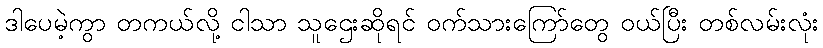
ဒါပေမဲ့ကွာ တကယ်လို့ ငါသာ သူဌေးဆိုရင် ဝက်သားကြော်တွေ ဝယ်ပြီး တစ်လမ်းလုံး